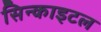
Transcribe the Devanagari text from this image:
सिन्काइटल